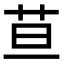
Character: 𦬹